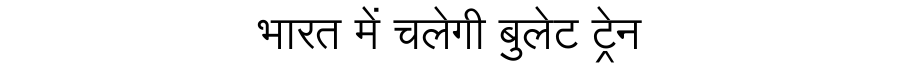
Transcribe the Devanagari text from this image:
भारत में चलेगी बुलेट ट्रेन